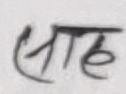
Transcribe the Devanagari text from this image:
साथ